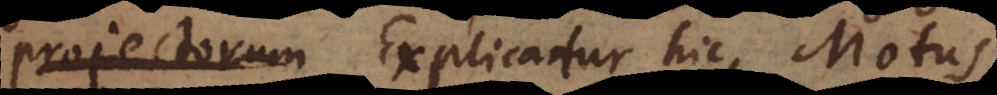
projectorum Explicatur hic Motus